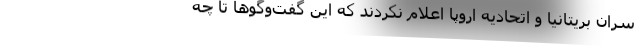
سران بریتانیا و اتحادیه اروپا اعلام نکردند که این گفت‌و‌گوها تا چه